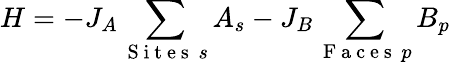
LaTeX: H=-J_{A}\sum_{\mathrm{~S~i~t~e~s~}\, s}A_{s}-J_{B}\sum_{\mathrm{~F~a~c~e~s~}\, p}B_{p}